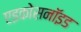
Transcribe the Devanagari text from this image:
एइकोसनॉइड